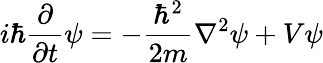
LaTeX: i\hbar{\frac{\partial}{\partial t}}\psi=-{\frac{\hbar^{2}}{2m}}\nabla^{2}\psi+V\psi